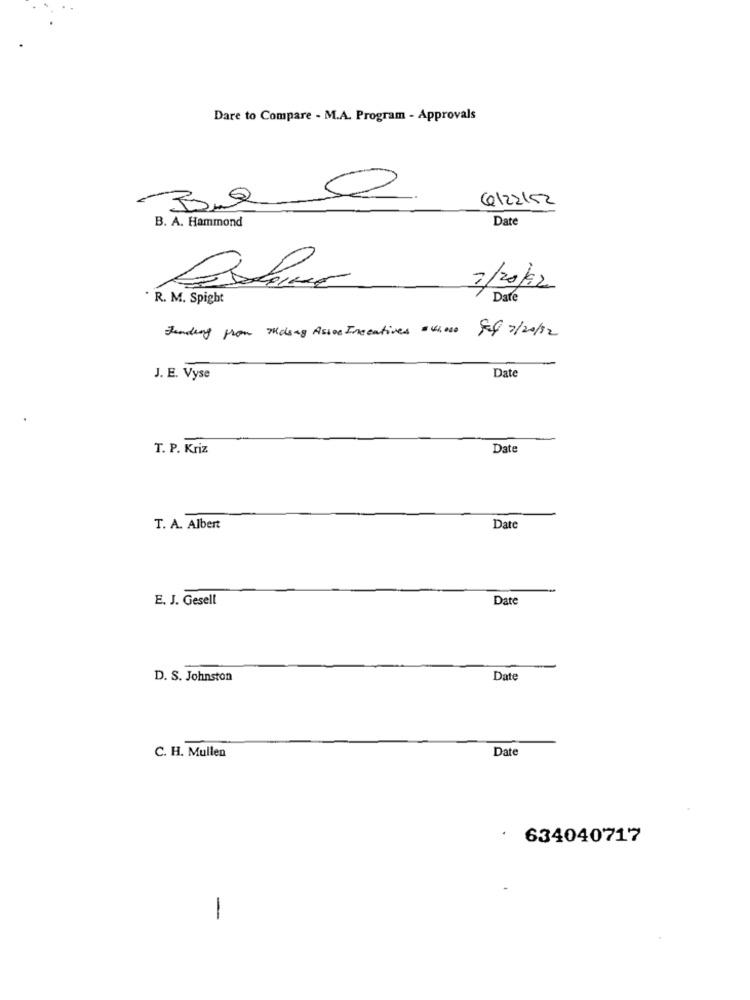
Dare to Compare - M.A. Program - Approvals
6122152
Date
B. A. Hammond
3/20/92
. R. M. Spight
Date
Funding from Masag Assoc Inceatives =42.000
Ff 7/20/12
Date
J. E. Vyse
T. P. Kriz
Date
T. A. Albert
Date
E. J. Gesell
Date
D. S. Johnston
Date
Date
C. H. Mullen
634040717
-